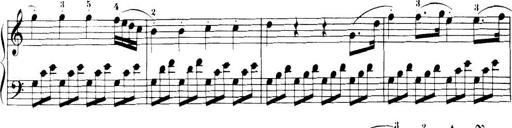
Title: 32 Sonatinas and Rondos for the Piano
Composer: Richard Kleinmichel